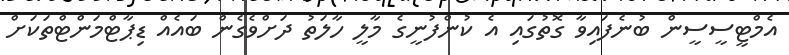
އެމްޓީސީސީން ބުނެފައިވާ ގޮތުގައި އެ ކުންފުނީގެ މާލީ ހާލަތު ދަށްވެގެން ބައެއް ޑިޕާޓްމަންޓްތަކަށް